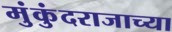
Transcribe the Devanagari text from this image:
मुंकुंदराजाच्या